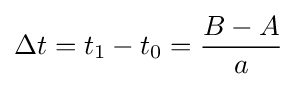
\Delta t=t_{1}-t_{0}={\frac {B-A}{a}}